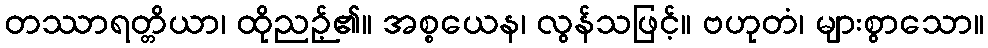
တဿာရတ္တိယာ၊ ထိုညဉ့်၏။ အစ္စယေန၊ လွန်သဖြင့်။ ဗဟုတံ၊ များစွာသော။